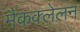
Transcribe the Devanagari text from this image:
मैकक्लेलन